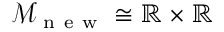
\mathcal { M } _ { \mathrm { ~ n ~ e ~ w ~ } } \cong \mathbb { R } \times \mathbb { R }